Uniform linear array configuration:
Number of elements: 4
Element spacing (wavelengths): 1
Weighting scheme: hamming
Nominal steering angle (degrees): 15
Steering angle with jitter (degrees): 14.798
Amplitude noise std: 0.05
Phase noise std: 0.05

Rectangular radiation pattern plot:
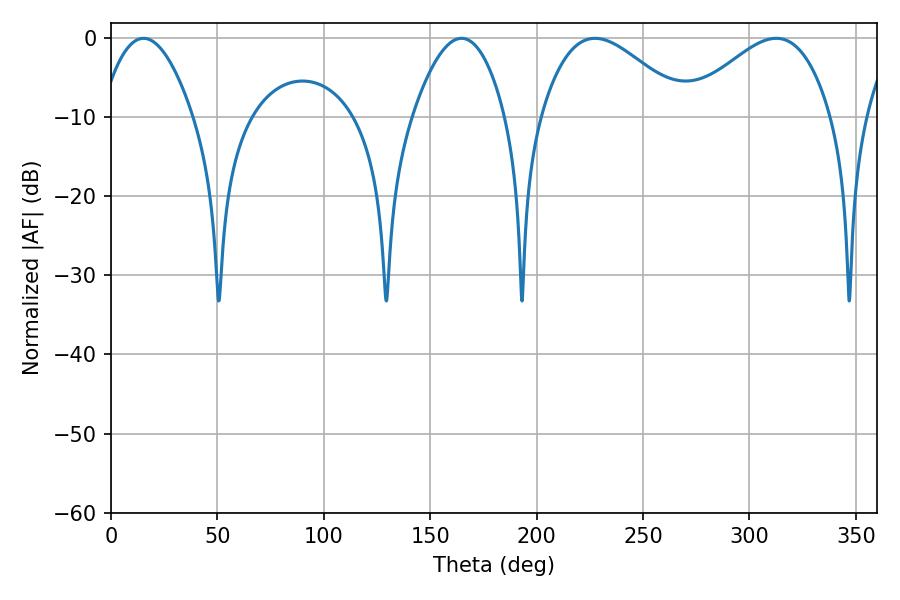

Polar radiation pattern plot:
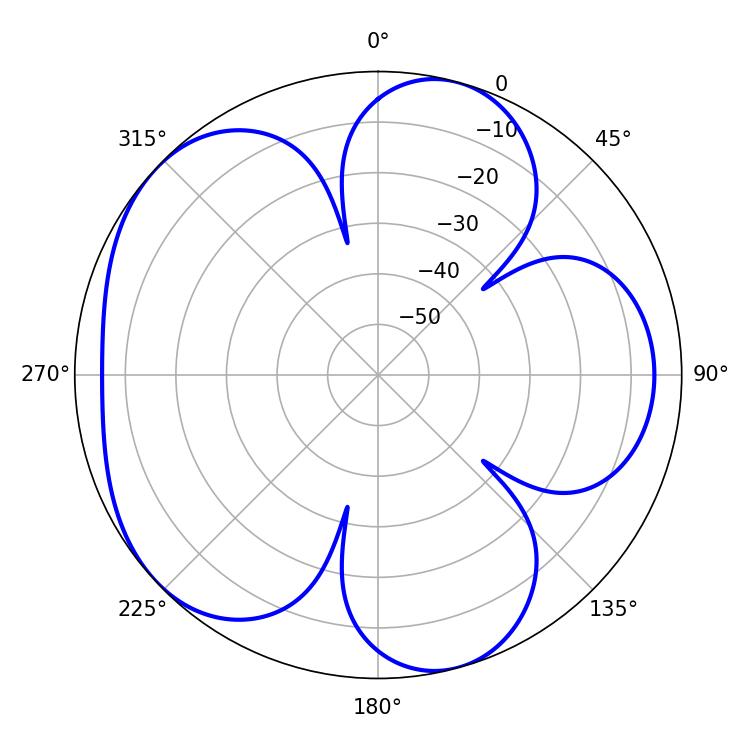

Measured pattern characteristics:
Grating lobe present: TRUE
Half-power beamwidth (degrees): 23.94
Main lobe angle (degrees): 15.3